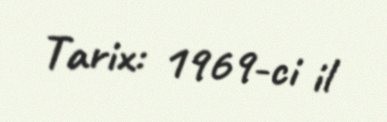
Tarix: 1969-ci il